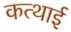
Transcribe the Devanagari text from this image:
कत्थाई